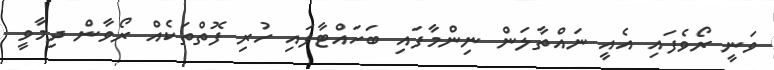
ވަނީ ރޯވެފައި އެއީ ނައްތާލަން ނިންމާފައި ބަހައްޓާފައި ހުރި ފޮތްތަކެއް ރޯވާން ދިމާވީ